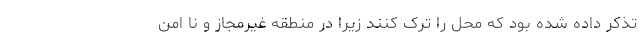
تذکر داده شده بود که محل را ترک کنند زیرا در منطقه غیرمجاز و نا امن